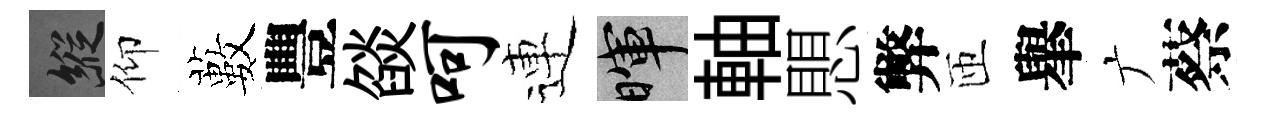
縱仰藪豐燄呵連暉軸愳弊匝𦦙广蔡